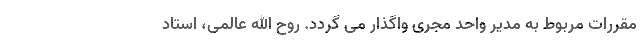
مقررات مربوط به مدیر واحد مجری واگذار می گردد. روح الله عالمی، استاد